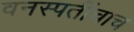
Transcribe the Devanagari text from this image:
वनस्पतींचाच